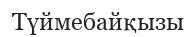
Түймебайқызы